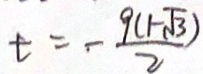
t = - \frac { 9 ( 1 - \sqrt { 3 } ) } { 2 }